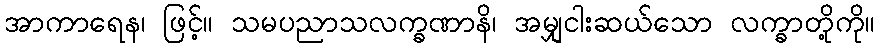
အာကာရေန၊ ဖြင့်။ သမပညာသလက္ခဏာနိ၊ အမျှငါးဆယ်သော လက္ခာတို့ကို။